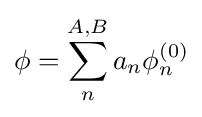
\phi =\sum _{n}^{A,B}a_{n}\phi _{n}^{(0)}